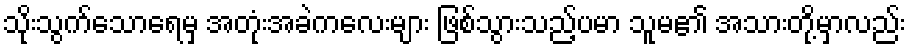
သိုးသွက်သောရေမှ အတုံးအခဲကလေးများ ဖြစ်သွားသည့်ပမာ သူမ၏ အသားတို့မှာလည်း